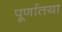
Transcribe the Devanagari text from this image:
पूर्णातया